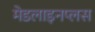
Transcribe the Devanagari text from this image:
मेडलाइनप्लस